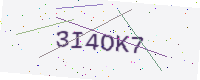
Text: 3I4OK7